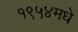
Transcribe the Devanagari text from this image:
१९५४मधे